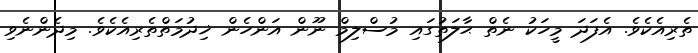
ތެރިއެކެވެ. އެފަދަ މީހަކު ނެތް ޙާލަތުގައި މުސްލިމް ނޫން އަންހެން ޚިދުމަތްތެރިއެކެވެ. މިދެންނެވި